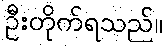
ဦးတိုက်ရသည်။